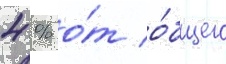
4 % о́т о́бщего